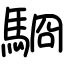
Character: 䮐